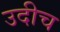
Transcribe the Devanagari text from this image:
उदीच